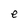
Character: e